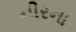
નીરના